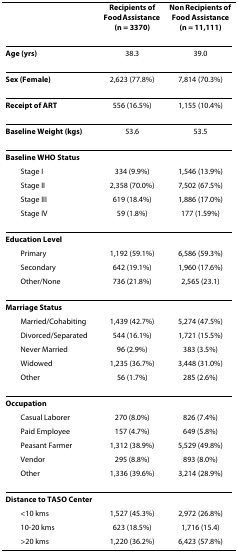
|  | Recipients of Food Assistance (n = 3370) | Non Recipients of Food Assistance (n = 11,111) |
 | --- | --- | --- |
 | Age (yrs) | 38.3 | 39.0 |
 | Sex (Female) | 2,623 (77.8%) | 7,814 (70.3%) |
 | Receipt of ART | 556 (16.5%) | 1,155 (10.4%) |
 | Baseline Weight (kgs) | 53.6 | 53.5 |
 | Baseline WHO Status |  |  |
 | Stage I | 334 (9.9%) | 1,546 (13.9%) |
 | Stage II | 2,358 (70.0%) | 7,502 (67.5%) |
 | Stage III | 619 (18.4%) | 1,886 (17.0%) |
 | Stage IV | 59 (1.8%) | 177 (1.59%) |
 | Education Level |  |  |
 | Primary | 1,192 (59.1%) | 6,586 (59.3%) |
 | Secondary | 642 (19.1%) | 1,960 (17.6%) |
 | Other/None | 736 (21.8%) | 2,565 (23.1) |
 | Marriage Status |  |  |
 | Married/Cohabiting | 1,439 (42.7%) | 5,274 (47.5%) |
 | Divorced/Separated | 544 (16.1%) | 1,721 (15.5%) |
 | Never Married | 96 (2.9%) | 383 (3.5%) |
 | Widowed | 1,235 (36.7%) | 3,448 (31.0%) |
 | Other | 56 (1.7%) | 285 (2.6%) |
 | Occupation |  |  |
 | Casual Laborer | 270 (8.0%) | 826 (7.4%) |
 | Paid Employee | 157 (4.7%) | 649 (5.8%) |
 | Peasant Farmer | 1,312 (38.9%) | 5,529 (49.8%) |
 | Vendor | 295 (8.8%) | 893 (8.0%) |
 | Other | 1,336 (39.6%) | 3,214 (28.9%) |
 | Distance to TASO Center |  |  |
 | <10 kms | 1,527 (45.3%) | 2,972 (26.8%) |
 | 10-20 kms | 623 (18.5%) | 1,716 (15.4) |
 | >20 kms | 1,220 (36.2%) | 6,423 (57.8%) |